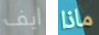
ايف ماذا